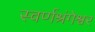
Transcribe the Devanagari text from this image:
स्वर्णश्रंगेश्वर